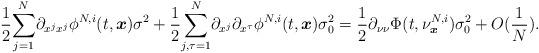
LaTeX: \begin{align*}\frac{1}{2}\underset{j=1}{\overset{N}{\sum}}\partial_{x^jx^j}\phi^{N,i}(t,\boldsymbol{x})\sigma^2+\frac{1}{2}\underset{j,\tau=1}{\overset{N}{\sum}}\partial_{x^j}\partial_{x^\tau}\phi^{N,i}(t,\boldsymbol{x})\sigma_0^2=\frac{1}{2}\partial_{\nu\nu}\Phi(t,\nu^{N,i}_{\boldsymbol{x}})\sigma_0^2+O(\frac{1}{N}).\end{align*}